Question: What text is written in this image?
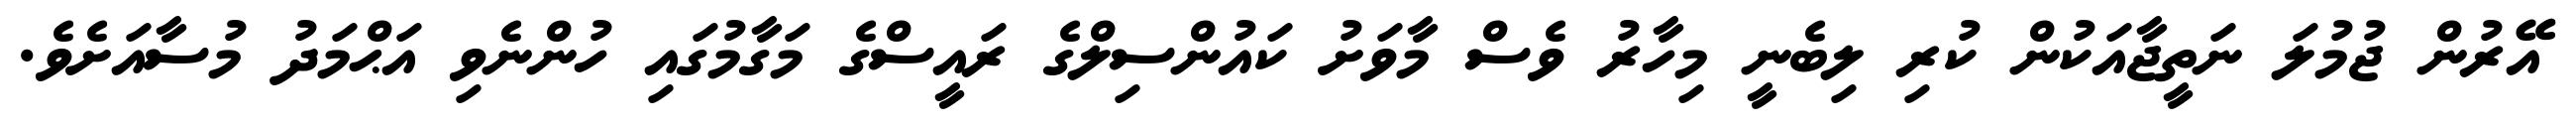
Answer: އޭރުން ޖުމުލަ ނަތީޖާއަކުން ކުރި ލިބެނީ މިހާރު ވެސް މާވަށު ކައުންސިލްގެ ރައީސްގެ މަގާމުގައި ހުންނެވި އަޙްމަދު މުސާއަށެވެ.